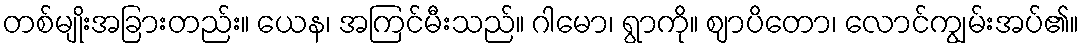
တစ်မျိုးအခြားတည်း။ ယေန၊ အကြင်မီးသည်။ ဂါမော၊ ရွာကို။ ဈာပိတော၊ လောင်ကျွမ်းအပ်၏။